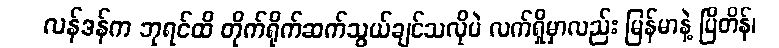
လန်ဒန်က ဘုရင်ထိ တိုက်ရိုက်ဆက်သွယ်ချင်သလိုပဲ လက်ရှိမှာလည်း မြန်မာနဲ့ ဗြိတိန်၊